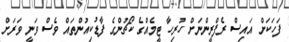
ފަހަކަށް އައިސް ރެފްރީންނަށް ހުރިހާ ޓީމެއްގެ ކޯޗުންގެ ފާޑުކިއުންތައް ވެސް ވަނީ ވަރަށް